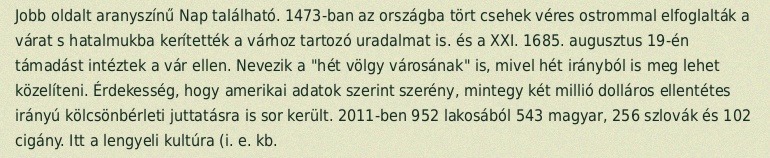
Jobb oldalt aranyszínű Nap található. 1473-ban az országba tört csehek véres ostrommal elfoglalták a várat s hatalmukba kerítették a várhoz tartozó uradalmat is. és a XXI. 1685. augusztus 19-én támadást intéztek a vár ellen. Nevezik a "hét völgy városának" is, mivel hét irányból is meg lehet közelíteni. Érdekesség, hogy amerikai adatok szerint szerény, mintegy két millió dolláros ellentétes irányú kölcsönbérleti juttatásra is sor került. 2011-ben 952 lakosából 543 magyar, 256 szlovák és 102 cigány. Itt a lengyeli kultúra (i. e. kb.